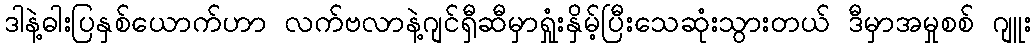
ဒါနဲ့ဓါးပြနှစ်ယောက်ဟာ လက်ဗလာနဲ့ဂျင်ရှီဆီမှာရှုံးနှိမ့်ပြီးသေဆုံးသွားတယ် ဒီမှာအမှုစစ် ဂျူး